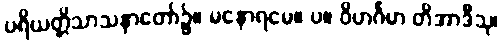
ပရိယတ္တိသာသနာတော်၌။ မနောရမေ။ ပ။ ဝိဟင်္ဂမာ တိအာဒီသု၊